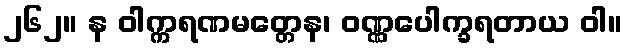
၂၆၂။ န ဝါက္ကရဏမတ္တေန၊ ဝဏ္ဏပေါက္ခရတာယ ဝါ။